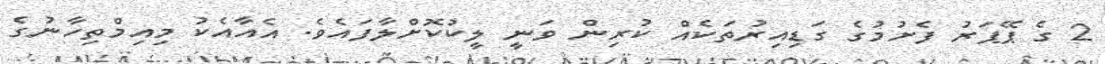
2 ގެ ޕޭޕަރު ފެށުމުގެ ގަޑިއިރުތަކެއް ކުރިން ވަނީ ލީކުކޮށްލާފައެވެ. އެއާއެކު މިއިމްތިހާނުގެ